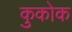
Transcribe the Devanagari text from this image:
कुकोक